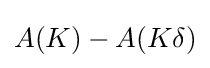
A(K)-A(K\delta )